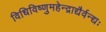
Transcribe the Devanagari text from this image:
विधिविष्णुमहेन्द्राद्यैर्वन्द्यः